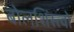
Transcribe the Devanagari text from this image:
बोलशिंस्त्वो